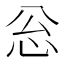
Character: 忩